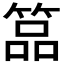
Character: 𥰔